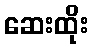
ဆေးထိုး